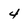
Character: 4